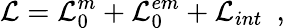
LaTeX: {\cal L}={\cal L}_{0}^{m}+{\cal L}_{0}^{em}+{\cal L}_{int}\, \, \, ,